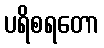
ပရိစရတော